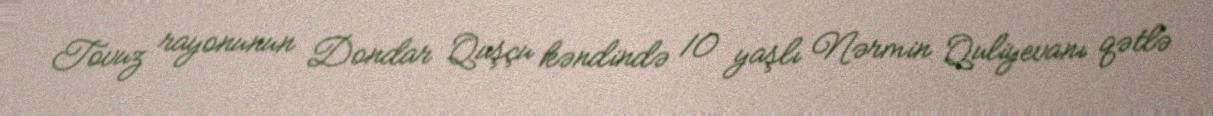
Tovuz rayonunun Dondar Quşçu kəndində 10 yaşlı Nərmin Quliyevanı qətlə